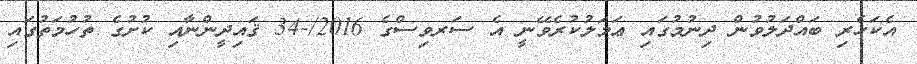
އެކަހެރި ބައްދަލުވުން ދިނުމުގައި ޢަމަލުކުރެވޭނީ އެ ސަރވިސްގެ 2016/-34 ޤައިދީންނާއި ކުށުގެ ތުހުމަތުގައި